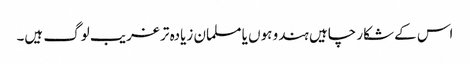
اس کے شکار چاہیں ہندو ہوں یا مسلمان زیادہ تر غریب لوگ ہیں۔